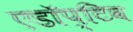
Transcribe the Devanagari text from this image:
एडॉप्टिव